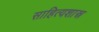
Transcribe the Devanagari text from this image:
साहित्यशास्र